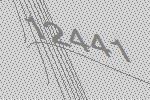
12441